Insane asylums in Bengal annual reports 1867-1875 - 1867-1875
Year: 1867
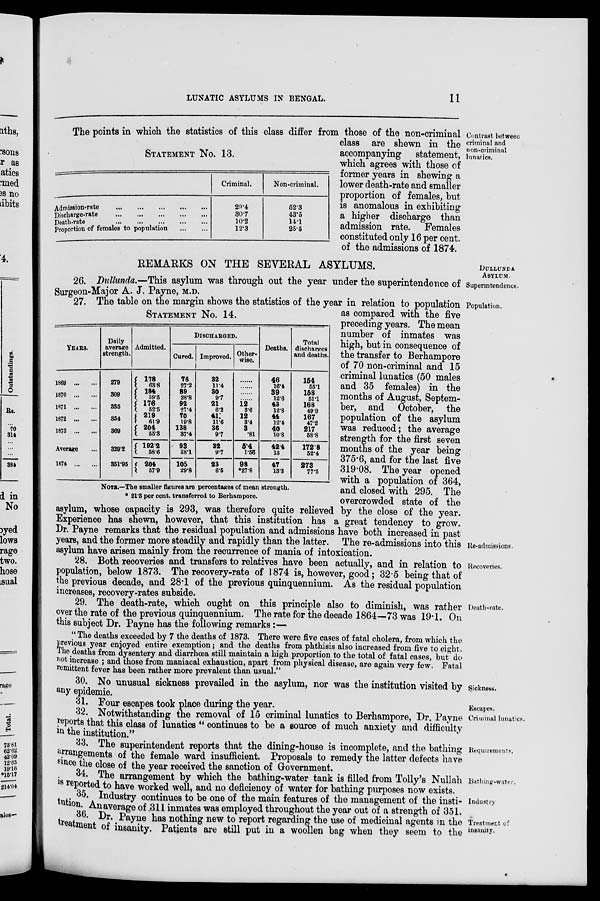
LUNATIC ASYLUMS IN BENGAL.
11
STATEMENT No. 13.
Admission-rate
...
...
...
...
...
Discharge-rate
...
...
...
...
...
Death-rate
...
...
...
...
...
Proportion of females to population
...
...
Criminal.
29.4
30.7
10.2
12.3
Non-criminal.
52.3
43.5
14.1
25.5
Contrast between
criminal and
non-criminal
lunatics.
The points in which the statistics of this class differ from those of the non-criminal
class are shewn in the
accompanying
statement,
which agrees with those of
former years in shewing a
lower death-rate and smaller
proportion of females, but
is anomalous in exhibiting
a higher discharge than
admission rate. Females
constituted only 16 per cent.
of the admissions of 1874.
DULLUNDA.
ASYLUM.
REMARKS ON THE SEVERAL ASYLUMS.
Superintendence.
26. Dullunda.—This asylum was through out the year under the superintendence of
Surgeon-Major A. J. Payne, M.D.
STATEMENT No. 14.
YEARS.
1869 ... ...
1870 ... ...
1871 ... ...
1872 ... ...
1873 ... ...
Average ...
1874 ... ...
Daily
average
strength.
279
309
335
354
369
329.2
351.95
Admitted.
178
63.8
184
59.5
176
52.5
219
61.9
204
55.3
192.2
58.6
204
57.9
DISCHARGED.
Cured.
76
27.2
89
28.8
92
27.4
70
19.8
138
37.4
93
28.1
105
29.8
Improved.
32
11.4
30
97
21
6.2
41
11.6
36
97
32
9.7
23
6.5
Other-
wise.
......
......
......
......
12
3.6
12
3.4
3
.81
5.4
1.56
98
*27.8
Deaths.
46
16.4
39
12.6
43
12.8
44
12.4
40
10.8
42.4
13
47
13.3
Total
discharges
and deaths.
154
55.1
158
51.1
168
49.9
167
47.2
217
58.8
172.8
52.4
273
77.5
NOTE.—The smaller figures are percentages of mean strength.
* 21.3 per cent. transferred to Berhampore.
Population.
Re-admissions.
27. The table on the margin shows the statistics of the year in relation to population
as compared with the five
preceding years. The mean
number of inmates was
high, but in consequence of
the transfer to Berhampore
of 70 non-criminal and 15
criminal lunatics (50 males
and 35 females) in the
months of August, Septem-
ber, and October, the
population of the asylum
was reduced; the average
strength for the first seven
months of the year being
375.6, and for the last five
319.08. The year opened
with a population of 364,
and closed with 295. The
overcrowded state of the
asylum, whose capacity is 293, was therefore quite relieved by the close of the year.
Experience has shewn, however, that this institution has a great tendency to grow.
Dr. Payne remarks that the residual population and admissions have both increased in past
years, and the former more steadily and rapidly than the latter. The re-admissions into this
asylum have arisen mainly from the recurrence of mania of intoxication.
Recoveries.
28. Both recoveries and transfers to relatives have been actually, and in relation to
population, below 1873. The recovery-rate of 1874 is, however, good; 32.5 being that of
the previous decade, and 28.1 of the previous quinquennium. As the residual population
increases, recovery-rates subside.
Death-rate.
29. The death-rate, which ought on this principle also to diminish, was rather
over the rate of the previous quinquennium. The rate for the decade 1864—73 was 19.1. On
this subject Dr. Payne has the following remarks:—
"The deaths exceeded by 7 the deaths of 1873. There were five cases of fatal cholera, from which the
previous year enjoyed entire exemption; and the deaths from phthisis also increased from five to eight.
The deaths from dysentery and diarrhœa still maintain a high proportion to the total of fatal cases, but do
not increase; and those from maniacal exhaustion, apart from physical disease, are again very few. Fatal
remittent fever has been rather more prevalent than usual."
Sickness.
30. No unusual sickness prevailed in the asylum, nor was the institution visited by
any epidemic.
Escapes.
31. Four escapes took place during the year.
Criminal lunatics.
32. Notwithstanding the removal of 15 criminal lunatics to Berhampore, Dr. Payne
reports that this class of lunatics "continues to be a source of much anxiety and difficulty
in the institution."
Requirements.
33. The superintendent reports that the dining-house is incomplete, and the bathing
arrangements of the female ward insufficient. Proposals to remedy the latter defects have
since the close of the year received the sanction of Government.
Bathing-water.
34. The arrangement by which the bathing-water tank is filled from Tolly's Nullah
is reported to have worked well, and no deficiency of water for bathing purposes now exists.
Industry
35.
Industry
continues to be one of the main features of the management of the insti-
tution. An average of 311 inmates was employed throughout the year out of a strength of 351.
Treatment of
insanity.
36. Dr. Payne has nothing new to report regarding the use of medicinal agents in the
treatment of insanity. Patients are still put in a woollen bag when they seem to the